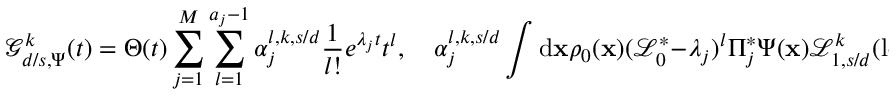
\mathcal { G } _ { d / s , \Psi } ^ { k } ( t ) = \Theta ( t ) \sum _ { j = 1 } ^ { M } \sum _ { l = 1 } ^ { a _ { j } - 1 } \alpha _ { j } ^ { l , k , s / d } \frac { 1 } { l ! } e ^ { \lambda _ { j } t } t ^ { l } , \quad \alpha _ { j } ^ { l , k , s / d } \int \mathrm { d } \mathbf { x } \rho _ { 0 } ( \mathbf { x } ) ( \mathcal { L } _ { 0 } ^ { \ast } - \lambda _ { j } ) ^ { l } \Pi _ { j } ^ { \ast } \Psi ( \mathbf { x } ) \mathcal { L } _ { 1 , s / d } ^ { k } ( \log ( \rho _ { 0 } ( \mathbf { x } ) ) ) .